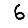
Digit: 6